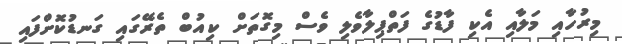
މިރުހާއި މަލާއި އެކި ފާޑުގެ ފަތްޕިލާވެލި ވެސް މިގޮތަށް ކިއުބް ތެރޭގައި ގަނޑުކޮށްފައި